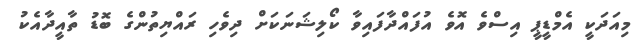
މިއަދަކީ އެމްޑީޕީ އިސްވެ އޮވެ އުފައްދާފައިވާ ކޯލިޝަނަކަށް ދިވެހި ރައްޔިތުންގެ ބޮޑު ތާއީދާއެކު